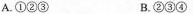
A.①②③ B.②③④